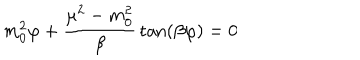
m _ { 0 } ^ { 2 } \varphi + { \frac { \mu ^ { 2 } - m _ { 0 } ^ { 2 } } { \beta } } \tan ( \beta \varphi ) = 0